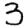
Digit: 3